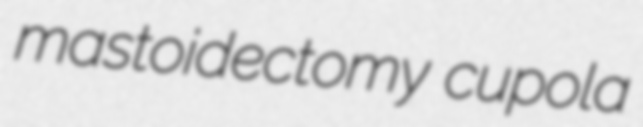
mastoidectomy cupola